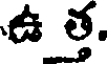
ఉ త్త.